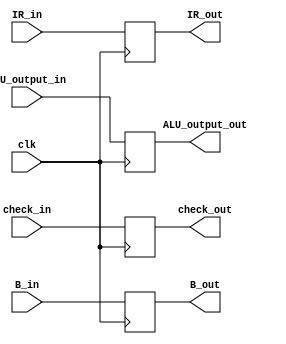
`timescale 1ns / 1ps
//////////////////////////////////////////////////////////////////////////////////
// Company: 
// Engineer: 
// 
// Design Name: 
// Module Name:    EX_MEM_reg 
// Project Name: 
// Target Devices: 
// Tool versions: 
// Description: 
//
// Dependencies: 
//
// Revision: 
// Revision 0.01 - File Created
// Additional Comments: 
//
//////////////////////////////////////////////////////////////////////////////////
module EX_MEM_reg(
    input clk,
    input check_in,
    output check_out,
    input [31:0] ALU_output_in,
    output [31:0] ALU_output_out,
    input [31:0] B_in,
    output [31:0] B_out,
    input [31:0] IR_in,
    output [31:0] IR_out
    );


reg check=1;
reg [31:0] ALU;
reg [31:0] B;
reg [31:0] IR;

assign check_out = check;
assign ALU_output_out = ALU;
assign B_out = B;
assign IR_out = IR;



always @(posedge clk)

	begin
	 check <= check_in ;
	 ALU <=  ALU_output_in;
	 B <=  B_in;
	 IR <= IR_in ;
   end
	
endmodule